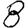
Digit: 8